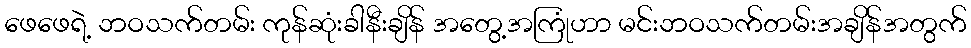
ဖေဖေရဲ့ ဘဝသက်တမ်း ကုန်ဆုံးခါနီးချိန် အတွေ့အကြုံဟာ မင်းဘဝသက်တမ်းအချိန်အတွက်